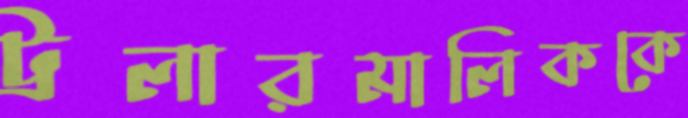
ট্রলারমালিককে